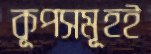
কূপসমূহই